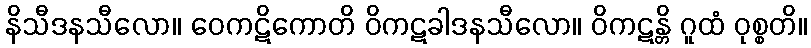
နိသီဒနသီလော။ ဝေကဋိကောတိ ဝိကဋခါဒနသီလော။ ဝိကဋန္တိ ဂူထံ ဝုစ္စတိ။